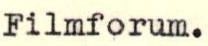
Filmforum.